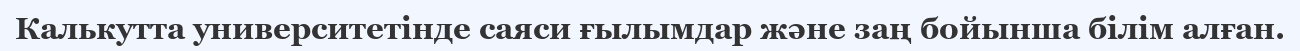
Калькутта университетінде саяси ғылымдар және заң бойынша білім алған.